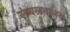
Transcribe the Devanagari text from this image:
संचलनालय